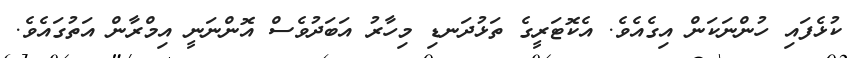
ކުޅެފައި ހުންނަކަން އިގެއެވެ. އެކޮޓަރީގެ ތަޅުދަނޑި މިހާރު އަބަދުވެސް އޮންނަނީ އިމްރާން އަތުގައެވެ.